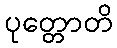
ပုတ္တောတိ